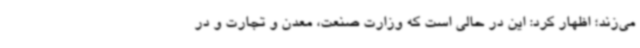
می‌زند؛ اظهار کرد: این در حالی است که وزارت صنعت، معدن و تجارت و در